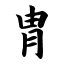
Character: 胄